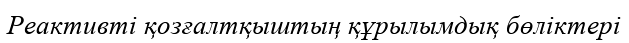
Реактивті қозғалтқыштың құрылымдық бөліктері